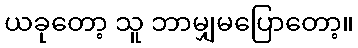
ယခုတော့ သူ ဘာမျှမပြောတော့။